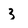
Character: 3